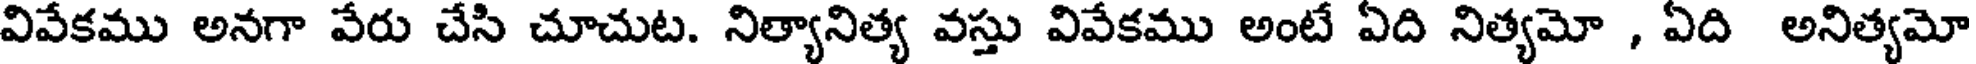
వివేకము అనగా వేరు చేసి చూచుట. నిత్యానిత్య వస్తు వివేకము అంటే ఏది నిత్యమో , ఏది అనిత్యమో